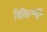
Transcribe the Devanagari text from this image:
विकिन्यूज़